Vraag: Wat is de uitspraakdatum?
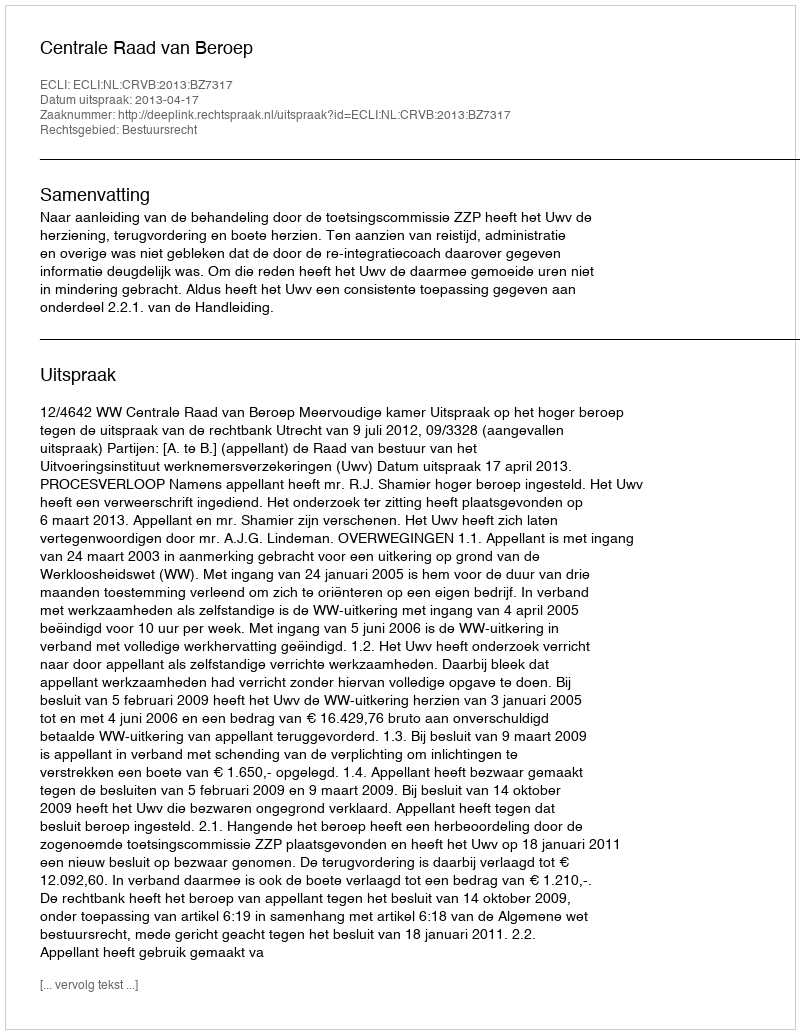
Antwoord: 2013-04-17